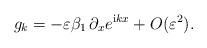
LaTeX: \begin{align*}g_k=-\varepsilon\beta_1\,\partial_x e^{\mathrm{i} k x}+O(\varepsilon^2).\end{align*}